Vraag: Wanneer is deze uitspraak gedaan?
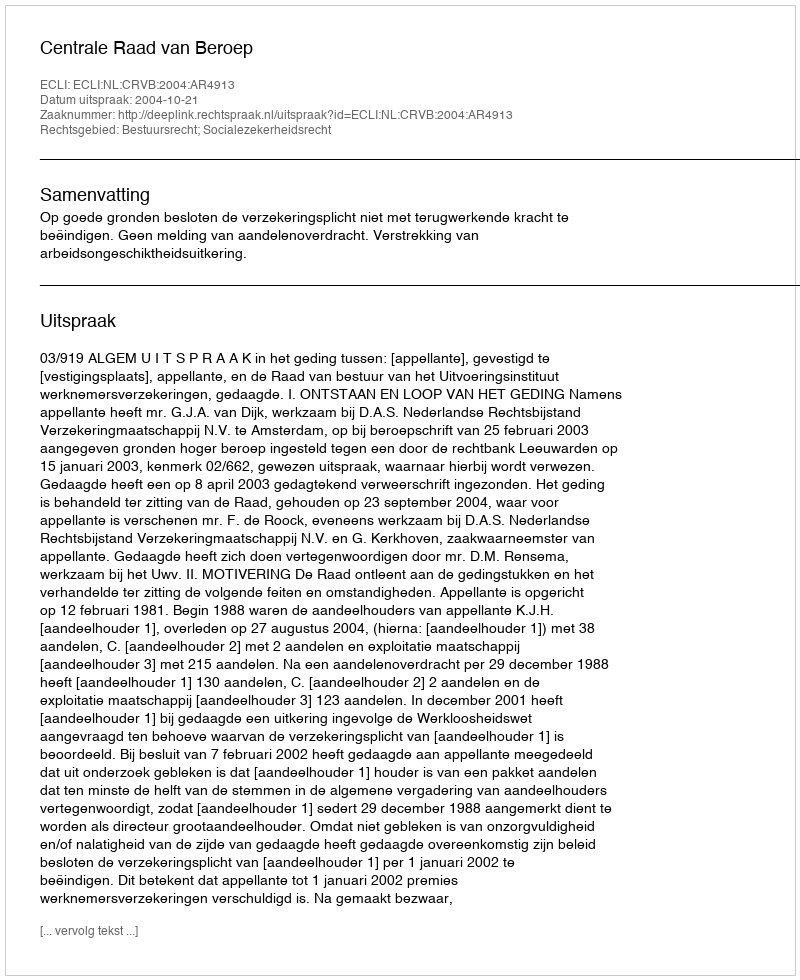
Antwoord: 2004-10-21